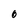
Character: 0